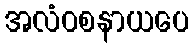
အလံဝစနာယပေ